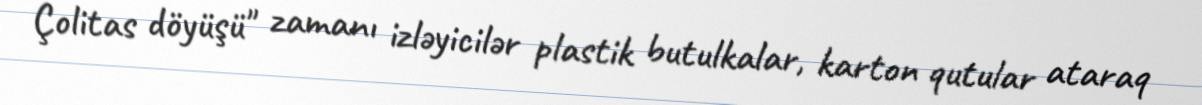
Çolitas döyüşü" zamanı izləyicilər plastik butulkalar, karton qutular ataraq